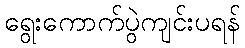
ရွေးကောက်ပွဲကျင်းပရန်